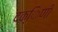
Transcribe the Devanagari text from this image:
दक्िणी